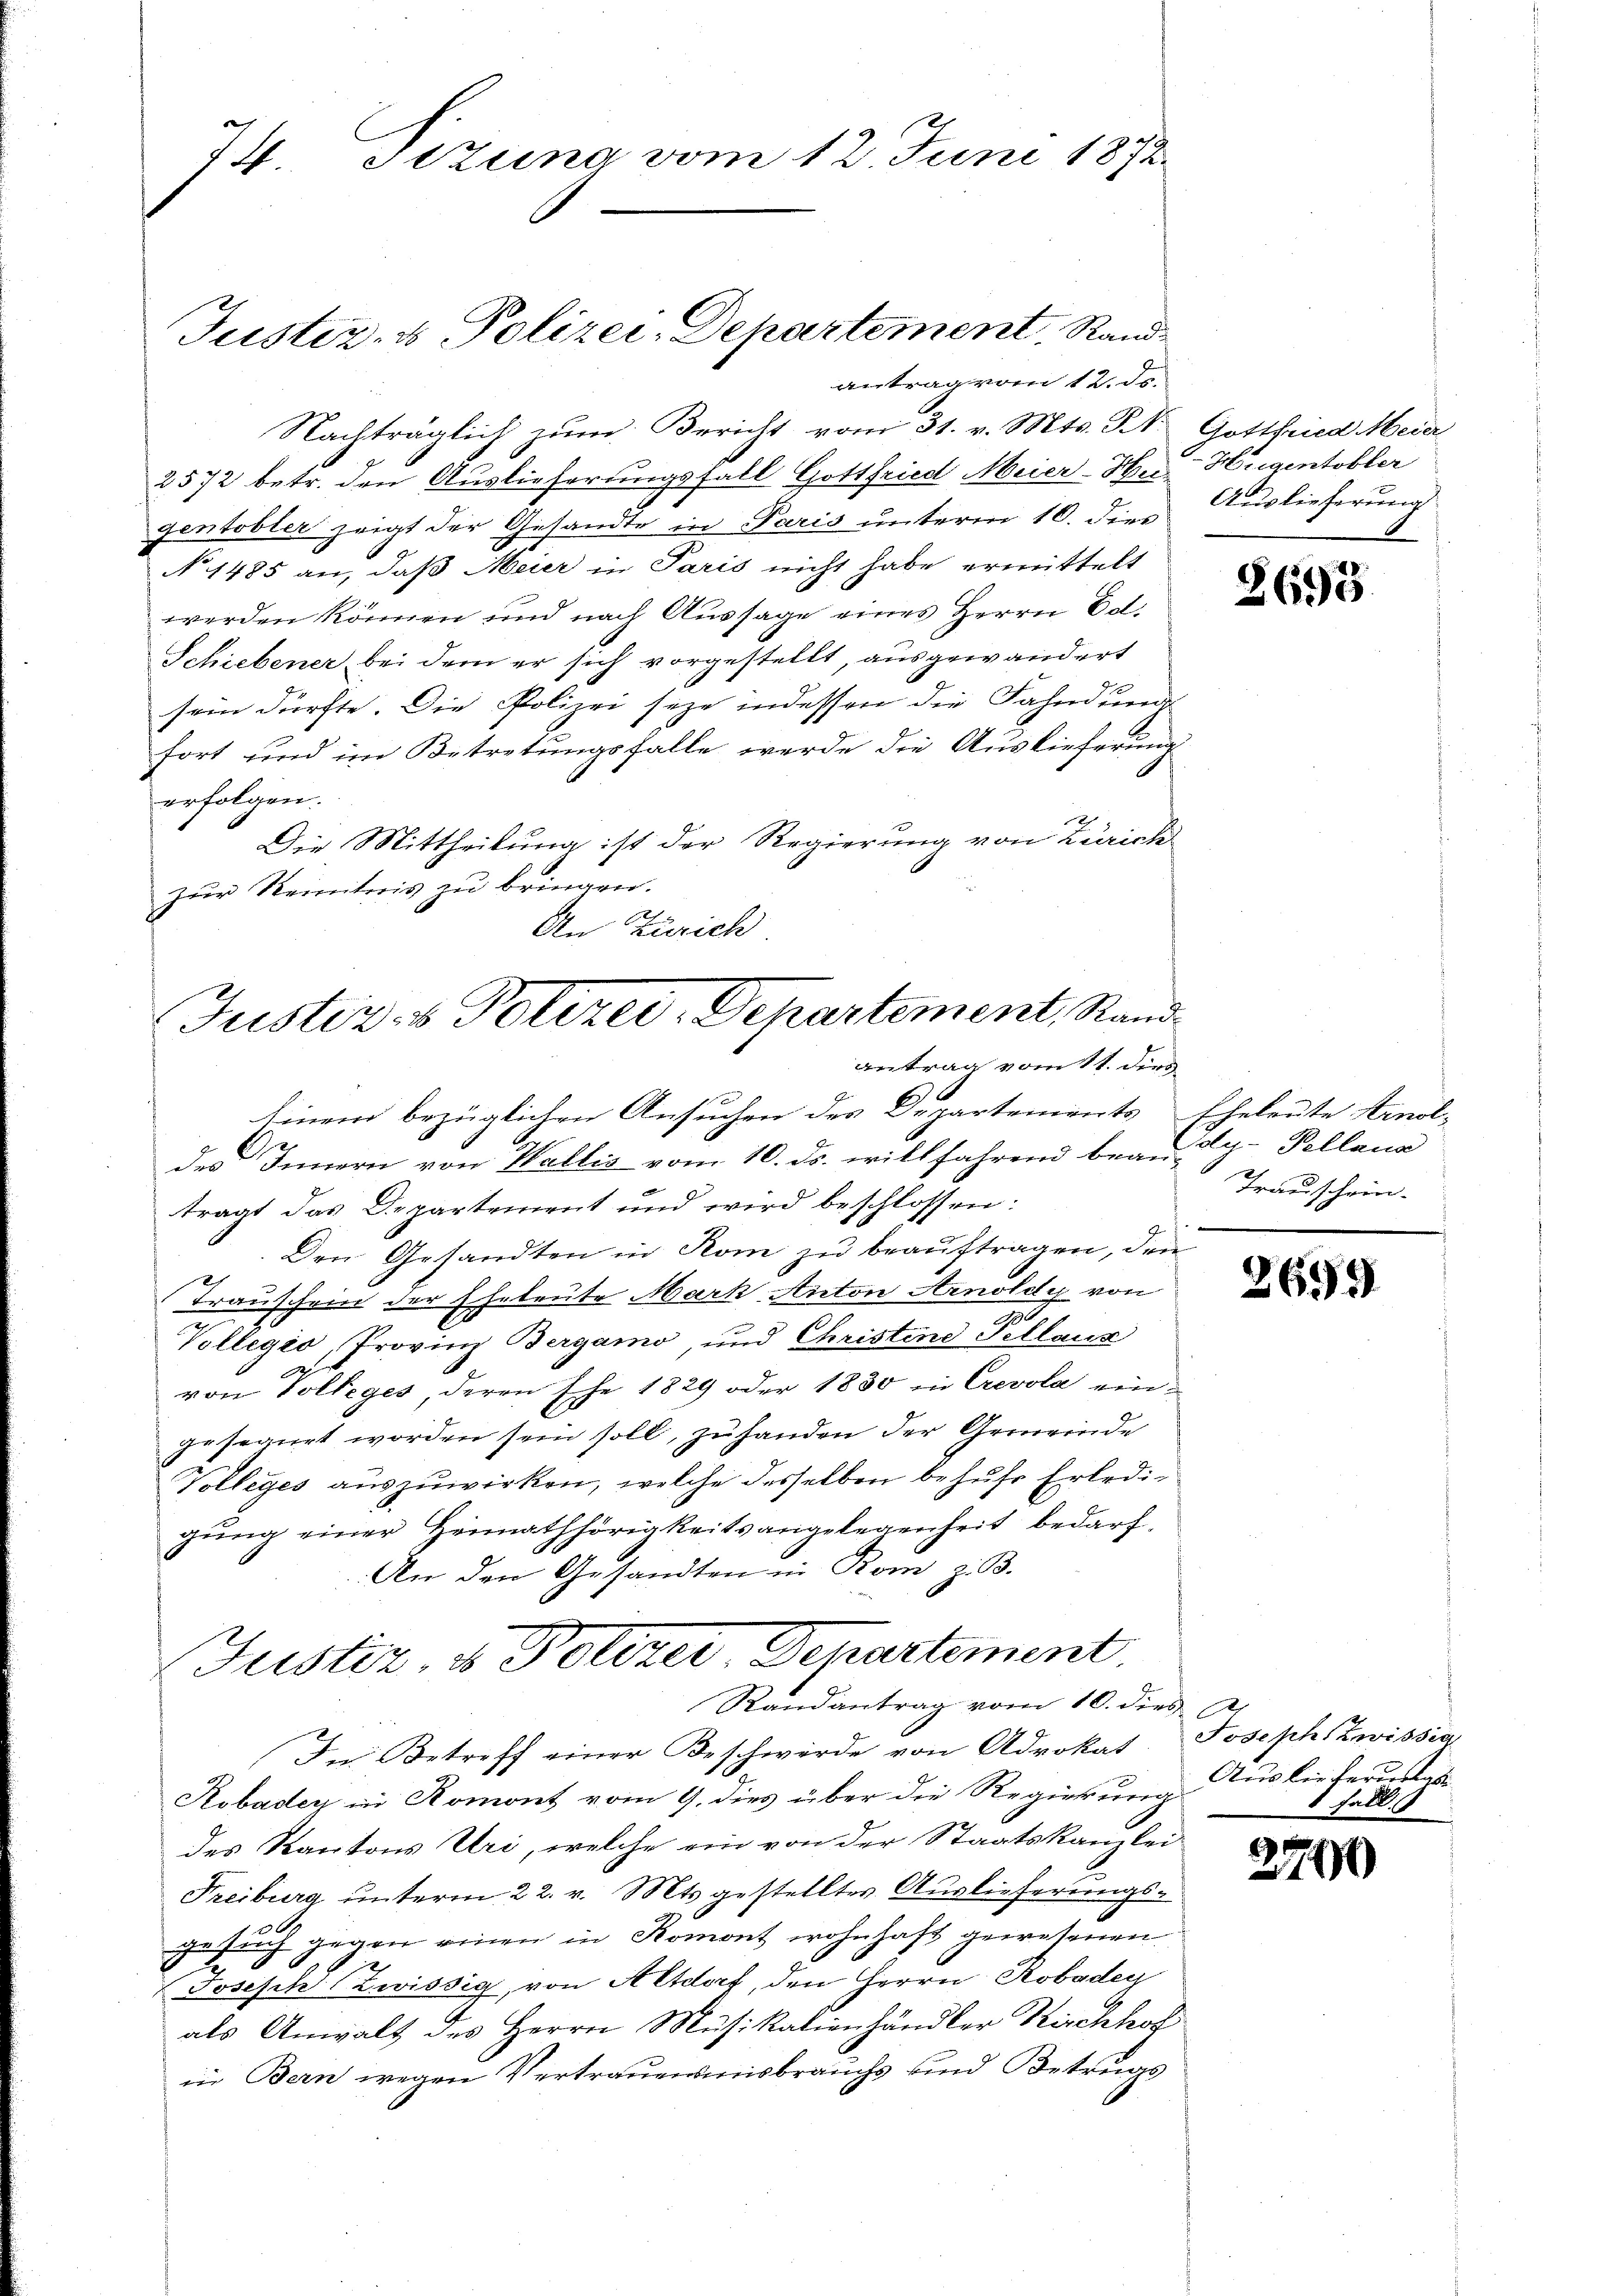
74. Sizung vom 12. Juni 1872.

Justiz- & Polizei-Departement, Randantrag vom 12. ds.

Nachträglich zŭm Bericht vom 31. v. Mts. St. Gottfried Meier
2572 betr. den Auslieferungsfall Gottfried Meier-Hu-Hugentobler
gentobler zeigt der Gesandte in Paris unterm 10. dies
N 1485 an, daß Meier in Paris nicht habe ermittelt
werden können und nach Aussage eines Herrn Col.
Schiebener bei dem er sich vorgestellt, ausgewandert
sein dürfte. Die Polizei seye indessen die Fahndung
fort und im Betretungsfalle werde die Auslieferung
erfolgen.
Die Mittheilung ist der Regierung von Zürich
zŭr Reinitrois zu bringen.
An Zürich

Justiz- & Polizei-Departement, Rand
antrag vom 11. dies

Auslieferung

Einem bezüglichen Ansuchen des Departements Eheleute Arnol-
des Innern von Wallis vom 10. ds. willfahrend beaug-Pellana
trägt das Departement und wird beschlossen:
Den Gesandten in Rom zu beauftragen, den
2
trauschein der Eheleute Mark Anton Arnoldy von
Vollegio, Provinz Bergamo, und Christine Pellaus
von Volleges, deren Ehe 1829 oder 1830 in Crevola eingesegurt worden sein soll, zu handen der Gemeinde
Volleges auszuwirken, welche desselben behufe Erledigŭng einer Heimathörigkeitsangelegenheit bedarf,
An den Gesandten in Rom z. B.
Justiz, u. Polizer Departement,
Randantrag vom 10. dies d
In Betreff einer Beschwerde von Advokat Joseph Zwissig
Robadey in Romont vom 9. dies über die Regierung Auslieferusal
des Kantons Uri, welche ein von der Staatskanzlei
Freiburg unterm 22. v. Mts. gestellter Auslieferungsgesuch gegen einen in Romont wohnhaft gewesenen

x
Josisch (Zwissig, von Altdorf, den Herrn Robaden
als Anwalt des Herrn Musikalienhändler Kirchhof
in Bern wegen Vertrauensmisbrauchs und Betrugs

2695

Trauschein.

2699

Fall.

2790